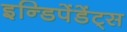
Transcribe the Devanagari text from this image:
इन्डिपेंडेंट्स